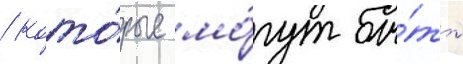
/ кото́рые мо́гут бы́ть